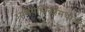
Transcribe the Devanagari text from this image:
अभियन्त्रिकीमधील